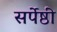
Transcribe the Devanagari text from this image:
सर्पेष्ठी